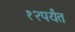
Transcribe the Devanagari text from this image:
१२पर्यंत